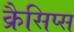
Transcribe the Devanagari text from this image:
क्रैसिप्स